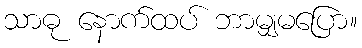
သာဓု နောက်ထပ် ဘာမျှမပြော။